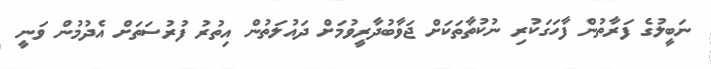
ނަބީލުގެ ފަރާތުން ފާހަގަކުރި ނުކުތާތަކަށް ޖަވާބުދާރީވުމަށް ދައުލަތުން އިތުރު ފުރުސަތަށް އެދުމުން ވަނީ